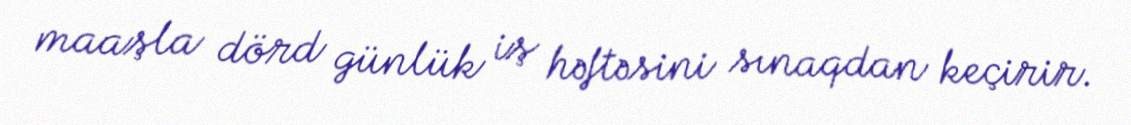
maaşla dörd günlük iş həftəsini sınaqdan keçirir.